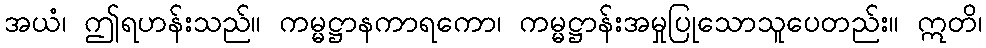
အယံ၊ ဤရဟန်းသည်။ ကမ္မဋ္ဌာနကာရကော၊ ကမ္မဋ္ဌာန်းအမှုပြုသောသူပေတည်း။ ဣတိ၊